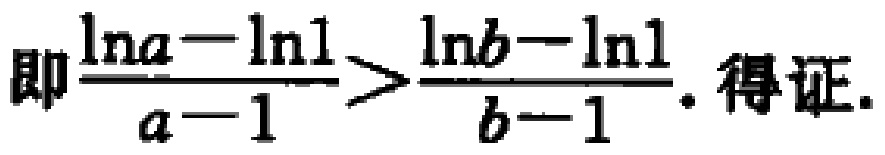
即\(\frac{\ln a - \ln 1}{a - 1} > \frac{\ln b - \ln 1}{b - 1}\). 得证.